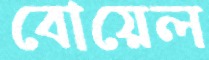
বোয়েল